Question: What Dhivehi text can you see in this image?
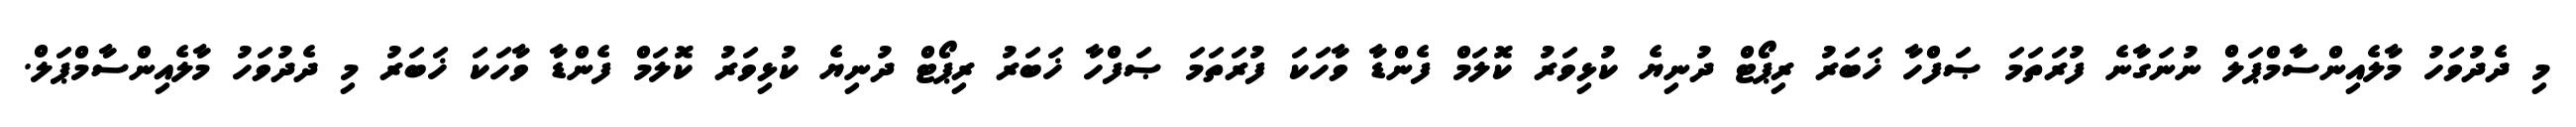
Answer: މި ދެދުވަހު މާލެއިންސާމްޕަލް ނުނަގާނެ ފުރަތަމަ ޞަފްހާ ޚަބަރު ރިޕޯޓް ދުނިޔެ ކުޅިވަރު ކޮލަމް ފެންޑާ ވާހަކަ ފުރަތަމަ ޞަފްހާ ޚަބަރު ރިޕޯޓް ދުނިޔެ ކުޅިވަރު ކޮލަމް ފެންޑާ ވާހަކަ ޚަބަރު މި ދެދުވަހު މާލެއިންސާމްޕަލް.